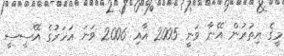
މީގެ އިތުރުން އޭނާ ވަނީ 2005 އާއި 2006 ވަނަ އަހަރުގެ އޭސީސީ